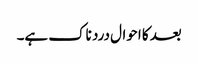
بعد کا احوال درد ناک ہے۔